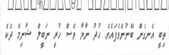
ތިބީ އެނގެން ބޭނުނެވެފައެވެ. ޙުދު ނާޔާ ވެސް ހުރީ ނަބީލް ޝާނިމް ދެކެ